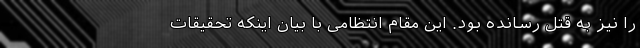
را نیز به قتل رسانده بود. این مقام انتظامی با بیان اینکه تحقیقات